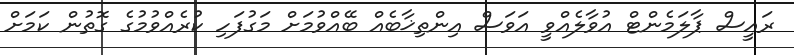
ރައީސް ޕާލަމެންޓް އުވާލެއްވީ އަވަސް އިންތިޚާބެއް ބޭއްވުމަށް މަގުފަހި ކުރެއްވުމުގެ ގޮތުން ކަމަށް